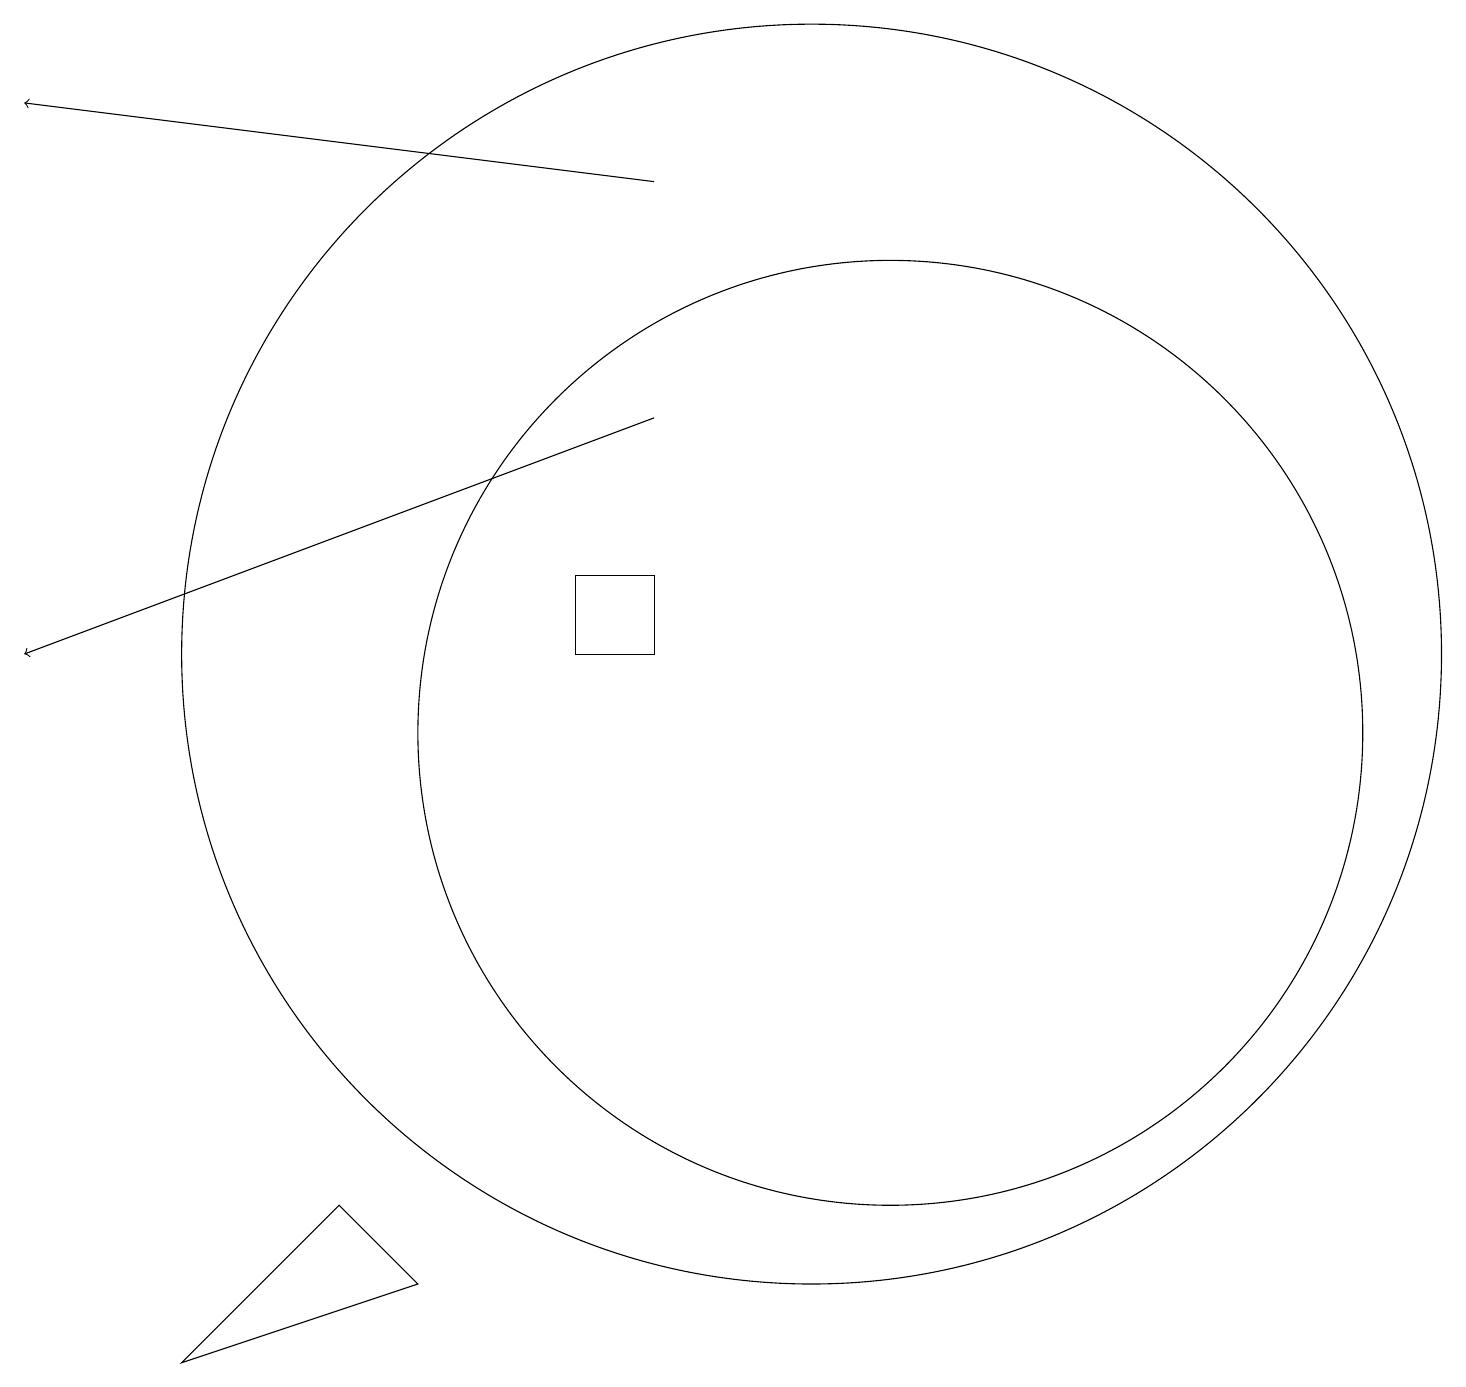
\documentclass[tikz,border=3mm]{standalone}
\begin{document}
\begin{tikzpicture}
\draw (11,12) circle (8);
\draw (5,5) -- (6,4) -- (3,3) -- cycle;
\draw (8,13) rectangle (9,12);
\draw[->] (9,18) -- (1,19);
\draw[->] (9,15) -- (1,12);
\draw (12,11) circle (6);
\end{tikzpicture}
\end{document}